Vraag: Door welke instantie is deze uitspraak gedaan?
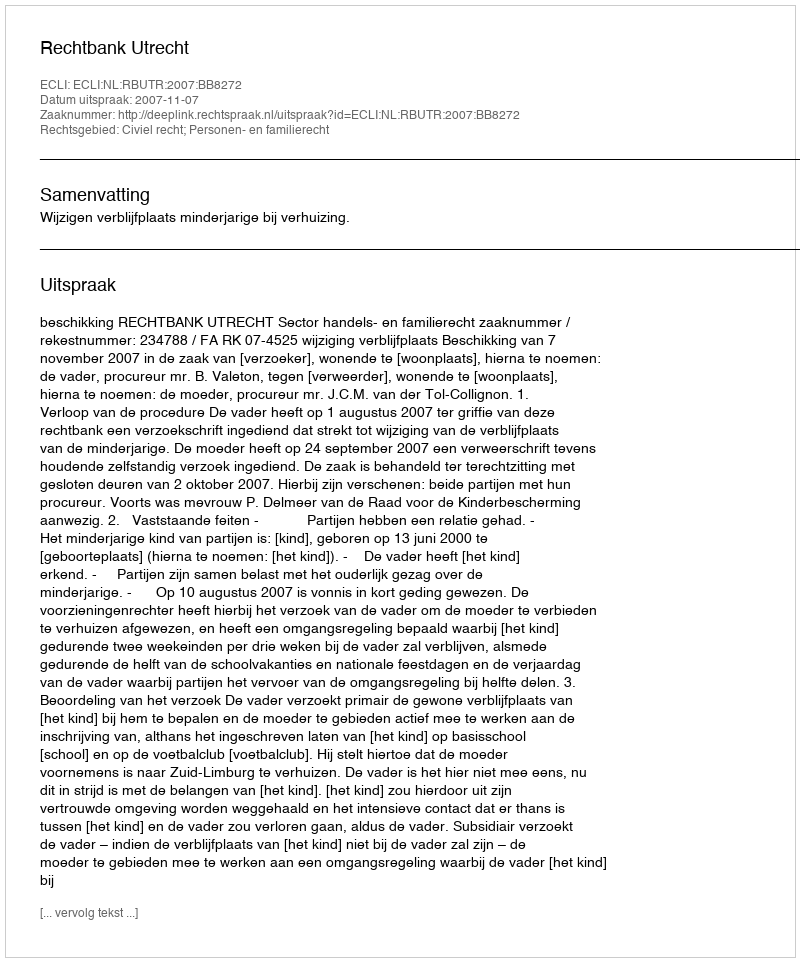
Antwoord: Rechtbank Utrecht